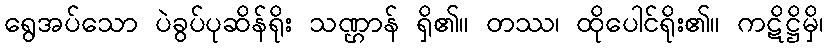
ရွေအပ်သော ပဲခွပ်ပုဆိန်ရိုး သဏ္ဌာန် ရှိ၏။ တဿ၊ ထိုပေါင်ရိုး၏။ ကဋိဋ္ဌိမှိ၊